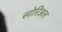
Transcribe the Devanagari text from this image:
सोरिअल